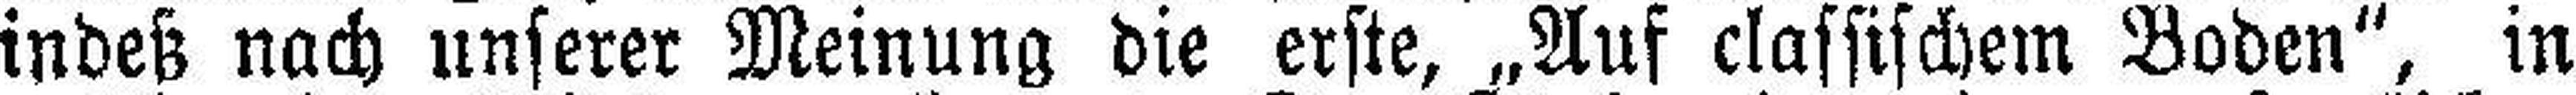
indeß nach unserer Meinung die erste, „Auf classischem Boden“, in